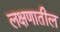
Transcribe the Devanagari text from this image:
लक्षणातील